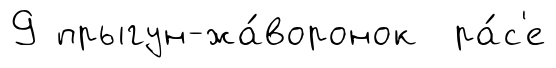
9 прыгун-жа́воронок ра́с'е